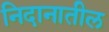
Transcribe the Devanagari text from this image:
निदानातील